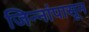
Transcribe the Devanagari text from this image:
जिन्नांपासून